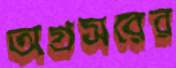
অগ্রসরের